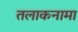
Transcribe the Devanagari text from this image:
तलाकनामा